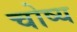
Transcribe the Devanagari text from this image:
चोष्‍य